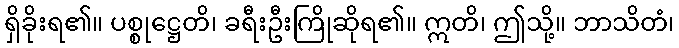
ရှိခိုးရ၏။ ပစ္စုဋ္ဌေတိ၊ ခရီးဦးကြိုဆိုရ၏။ ဣတိ၊ ဤသို့။ ဘာသိတံ၊